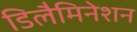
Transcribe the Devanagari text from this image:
डिलैमिनेशन